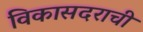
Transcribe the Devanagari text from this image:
विकासदराची